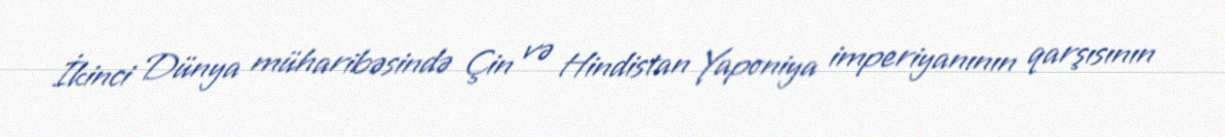
İkinci Dünya müharibəsində Çin və Hindistan Yaponiya imperiyanının qarşısının